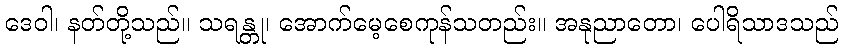
ဒေဝါ၊ နတ်တို့သည်။ သရန္တု၊ အောက်မေ့စေကုန်သတည်း။ အနုညာတော၊ ပေါရိသာဒသည်